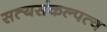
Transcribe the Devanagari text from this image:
सत्यसंकल्पत्व